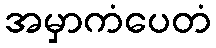
အမှာကံပေတံ